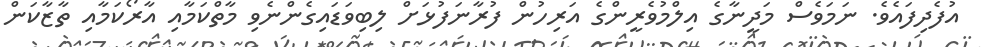
އުފެދިފައެވެ. ނަމަވެސް މަދީނާގެ އިލްމުވެރީންގެ އަރިހުން ފުރާނަފުޅަށް ލިބިވަޑައިގެންނެވި މާތްކަމާއި އާރޯކަމާއި ތާޒާކަން